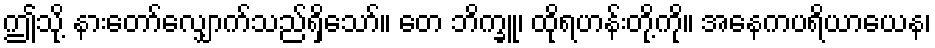
ဤသို့ နားတော်လျှောက်သည်ရှိသော်။ တေ ဘိက္ခူ၊ ထိုရဟန်းတို့ကို။ အနေကပရိယာယေန၊